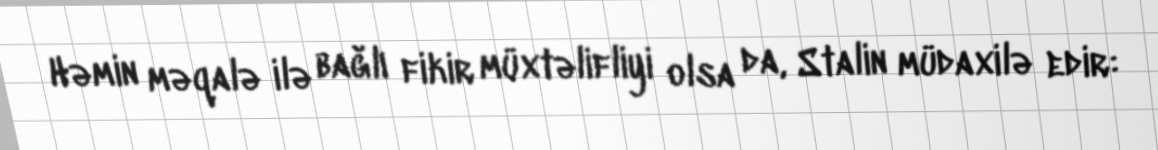
Həmin məqalə ilə bağlı fikir müxtəlifliyi olsa da, Stalin müdaxilə edir: